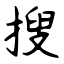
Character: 搜